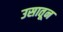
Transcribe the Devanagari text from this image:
उसातून